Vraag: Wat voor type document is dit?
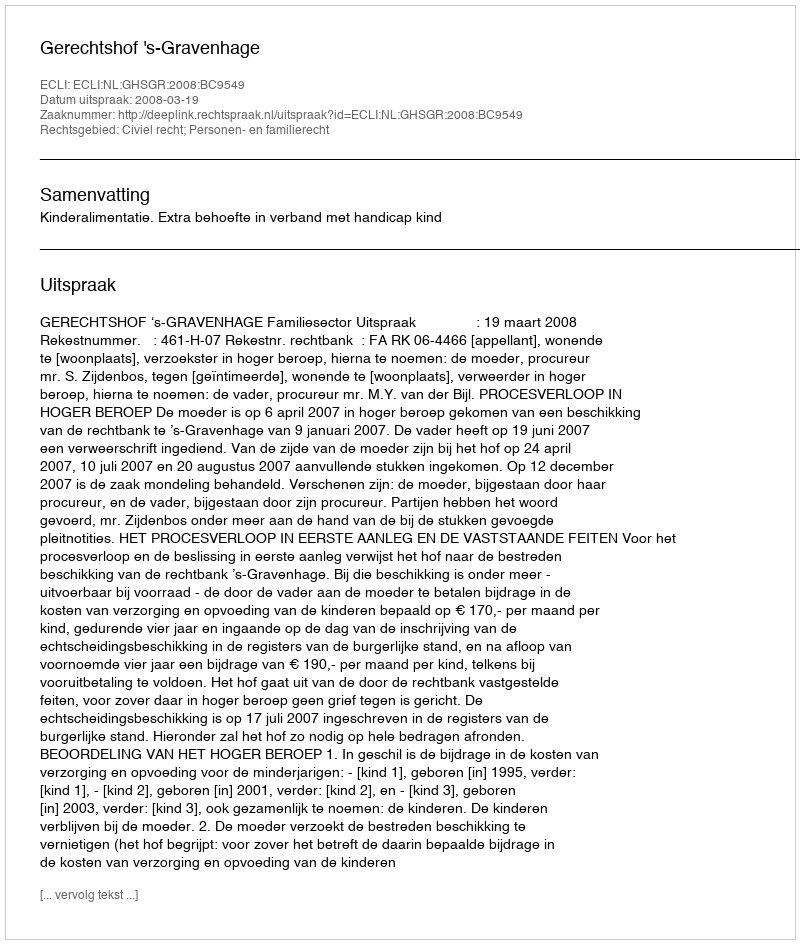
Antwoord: Uitspraak